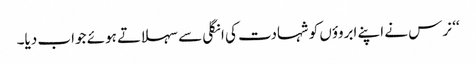
‘‘ نرس نے اپنے ابروؤں کو شہادت کی انگلی سے سہلاتے ہوئے جواب دیا۔